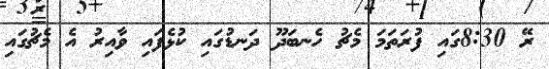
ރޭ 8:30ގައި ފުރަތަމަ މެޗު ހެނބަދޫ ދަނޑުގައި ކުޅެފައި ވާއިރު އެ މެޗުގައި